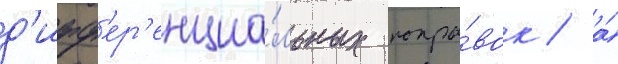
д'ифф'ер'енциа́льных попра́вок / а́